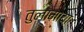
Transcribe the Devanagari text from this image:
तुलामाया